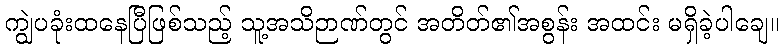
ကျွဲပခုံးထနေပြီဖြစ်သည့် သူ့အသိဉာဏ်တွင် အတိတ်၏အစွန်း အထင်း မရှိခဲ့ပါချေ။